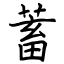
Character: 蓄